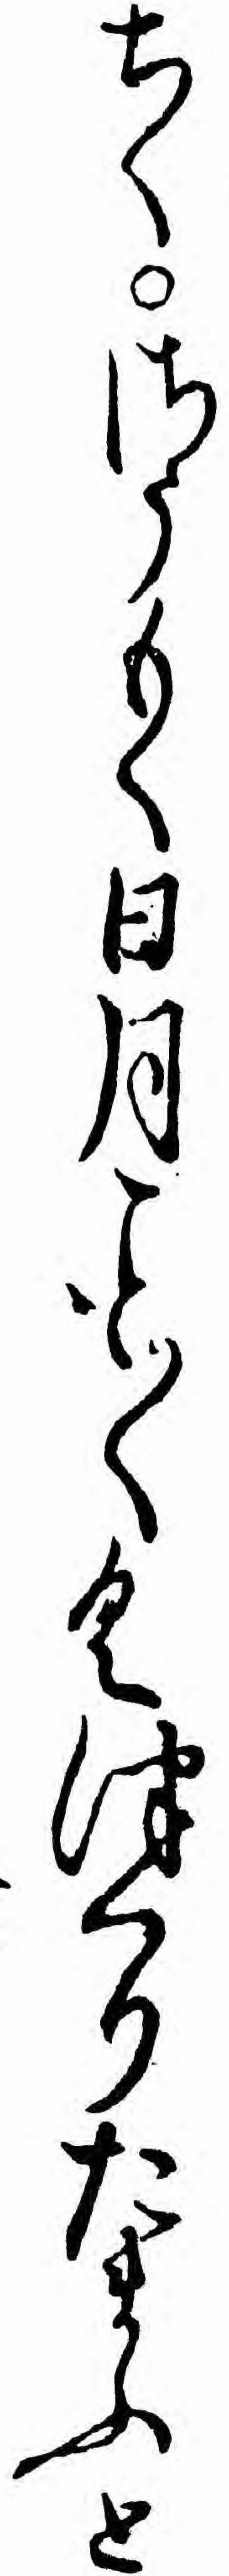
ちくさうもく日月〱くつくりたまふと